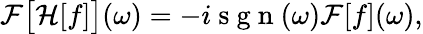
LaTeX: \begin{array}{r}{\mathcal{F}\big[\mathcal{H}[f]\big](\omega)=-i\mathrm{~s~g~n~}(\omega)\mathcal{F}[f](\omega),}\end{array}